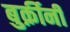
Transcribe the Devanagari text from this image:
बुर्क़ीनी